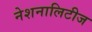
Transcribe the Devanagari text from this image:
नेशनालिटीज